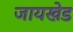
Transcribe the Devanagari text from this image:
जायखेड